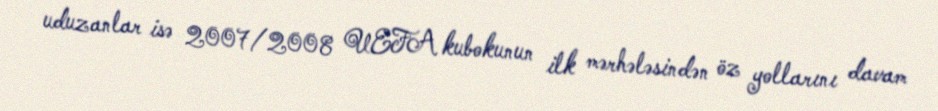
uduzanlar isə 2007/2008 UEFA kubokunun ilk mərhələsindən öz yollarını davam